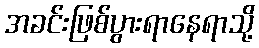
အခင်းဖြစ်ပွားရာနေရာသို့